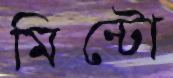
মিন্টো